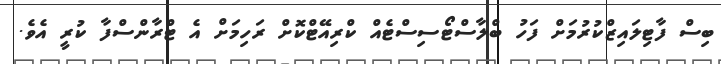
ބިސް ފާޓިލައިޒްކުރުމަށް ފަހު ބްލާސްޓޯސިސްޓެއް ކްރިއޭޓްކޮށް ރަހިމަށް އެ ޓްރާންސްފާ ކުރީ އެވެ.